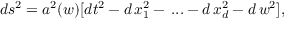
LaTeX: d s ^ { 2 } = a ^ { 2 } ( w ) [ d t ^ { 2 } - d \, x _ { 1 } ^ { 2 } - \, . . . - d \, x _ { d } ^ { 2 } - d \, w ^ { 2 } ] ,